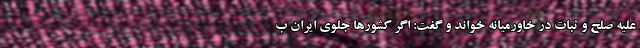
علیه صلح و ثبات در خاورمیانه خواند و گفت: اگر کشورها جلوی ایران ب